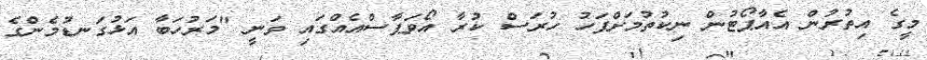
މީގެ އިތުރުން އެއާޕޯޓުން ނިކުތުމަށްފަހު ހުރަސް ކުރާ އޯވަޕާސްއެއްގައި ވަނީ "މަރުހަބާ އަޅުގަނޑުމެންގެ